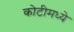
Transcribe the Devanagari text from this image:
कोटीमध्ये